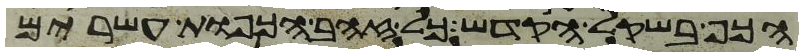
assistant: הכף בשקל הקדש כל זהב הכפות עשרים